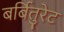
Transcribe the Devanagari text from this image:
बर्बितुरेट